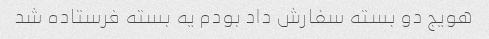
هویج دو بسته سفارش داد بودم یه بسته فرستاده شد